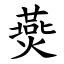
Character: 㷼